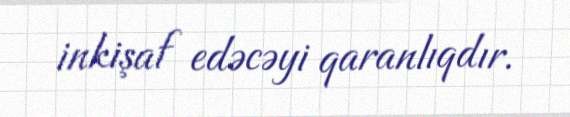
inkişaf edəcəyi qaranlıqdır.